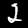
Label: 2